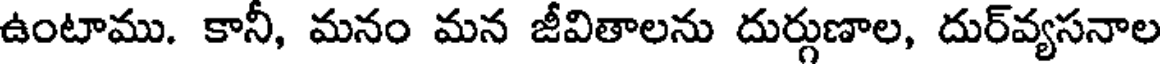
ఉంటాము. కానీ, మనం మన జీవితాలను దుర్గుణాల, దుర్వ్యసనాల